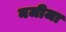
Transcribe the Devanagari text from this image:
नजीजा